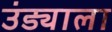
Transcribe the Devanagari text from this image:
उंड्याला